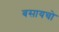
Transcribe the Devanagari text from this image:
बसायचो